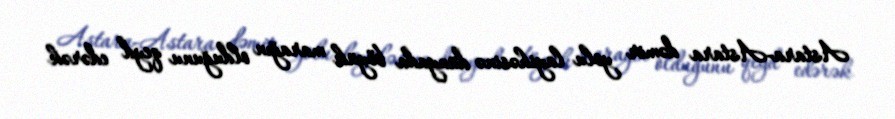
Astara-Astara dəmir yolu layihəsinə dünyada böyük marağın olduğunu qeyd edərək